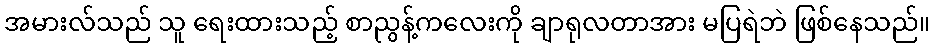
အမားလ်သည် သူ ရေးထားသည့် စာညွန့်ကလေးကို ချာရုလတာအား မပြရဲဘဲ ဖြစ်နေသည်။